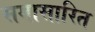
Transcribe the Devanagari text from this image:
समासारित